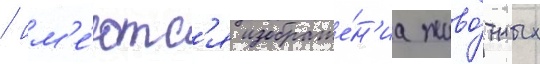
/ им'е́ютс'я изображе́н'иа живо́тных